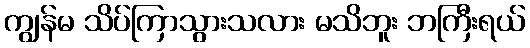
ကျွန်မ သိပ်ကြာသွားသလား မသိဘူး ဘကြီးရယ်